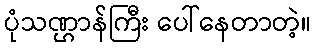
ပုံသဏ္ဌာန်ကြီး ပေါ်နေတာတဲ့။